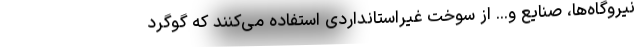
نیروگاه‌ها، صنایع و... از سوخت غیراستانداردی استفاده می‌کنند که گوگرد